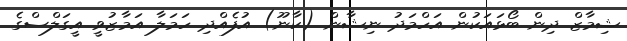
ޝިމާޒް ދިން ބޯޅައަކުން އަހްމަދު ނިޝާން (ކާނޫ) އުފެއްދި ހަމަލާ އަމާޒުވީ އީގަލްސްގެ